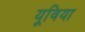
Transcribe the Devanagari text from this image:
यूविया